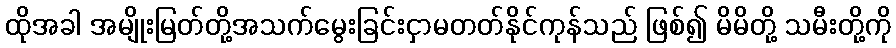
ထိုအခါ အမျိုးမြတ်တို့အသက်မွေးခြင်းငှာမတတ်နိုင်ကုန်သည် ဖြစ်၍ မိမိတို့ သမီးတို့ကို